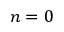
n = 0